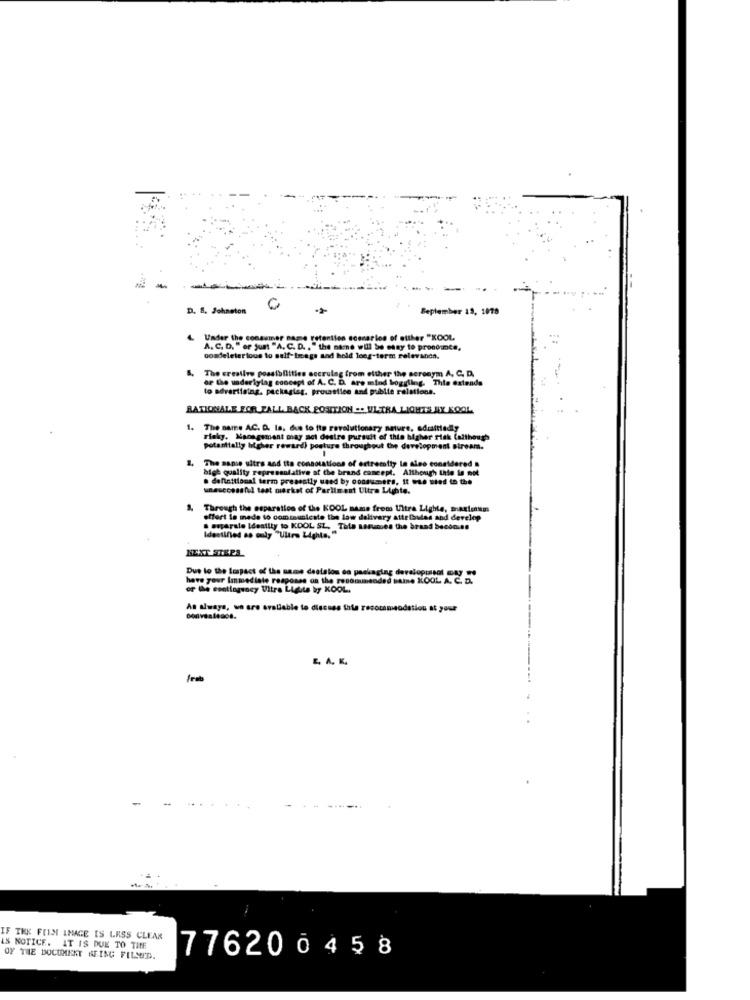
D. S. Johneton
September 19, 1018
Under the consumer name retention scenarios of atther "KOOL
A. C. D. " or just "A. C. D. . " the name will be etay to pronounce,
cosdeleter ious to self-Image and hold long-term relevanen.
The creative possibilities accrulag from either the seronym A. C. D.
or the underlylag concept of A. C. D. are mind boggling. Thie extends
to advertising. packaging. provstlee and publie relations.
RATIONALE FOR FALL BACK POSITION .. ULTRA LIGHTS BY KOOL
1. The name AC. D. ls. due to its revolutionary nature, adrafttedly
ricky. Management may act desire pursuit of this bigher risk (although
potentially higher reward) posture throughout the development stream.
The sapse uitrs and its connotations of extremity le ales considered a
high quality representative of the brand concept. Although thte le mot
. definitional term presently used by oooducers, It wie wied to the
unsuccessful test merkst of Parliment Ultra Lighte.
Through the separation of the KOOL mama frems Ultra Lighte, magiciens
offert is mede to communicate the law delivery attelaules and develop
separate Identity to KDOL SL. Tale sarunes the brand becoming
Identified as only "Ultra Lights. "
NEXT STEPS
Due lo the Impact of the name destalou es packaging development ty wo
have your Immediate response on the resominsoded Fine XLOOL A. C. D.
or the contingency Ultra Lighta Wy KOOL.
As always, we are svaliable to discuss the recommendation at your
E. A. K.
-
IF THE FOIS IMAGE IS LASS CLEAR
IS NOTICE. IT IS DUE TO TIME
776200458
OF THE DOCUMENT AFING FILMED.